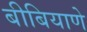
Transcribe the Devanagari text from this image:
बीबियाणे